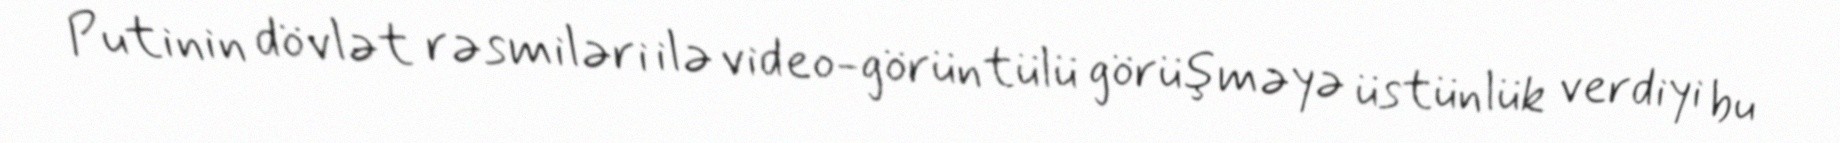
Putinin dövlət rəsmiləri ilə video-görüntülü görüşməyə üstünlük verdiyi bu